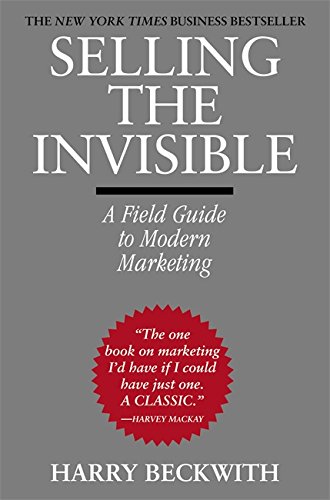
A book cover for Selling the Invisible: A Field Guide to Modern Marketing; Harry Beckwith; Business & Money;